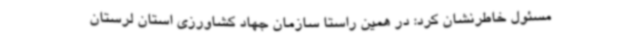
مسئول خاطرنشان کرد: در همین راستا سازمان جهاد کشاورزی استان لرستان